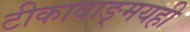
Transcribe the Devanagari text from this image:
टीकावाङ्‌मयही